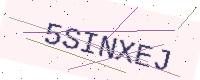
Text: 5SINXEJ